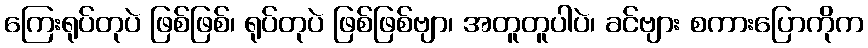
ကြေးရုပ်တုပဲ ဖြစ်ဖြစ်၊ ရုပ်တုပဲ ဖြစ်ဖြစ်ဗျာ၊ အတူတူပါပဲ၊ ခင်ဗျား စကားပြောကိုက